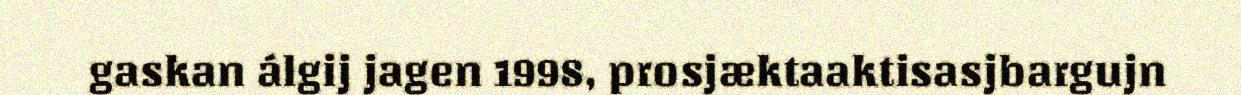
gaskan álgij jagen 1998, prosjæktaaktisasjbargujn